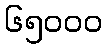
၆၅၀၀၀